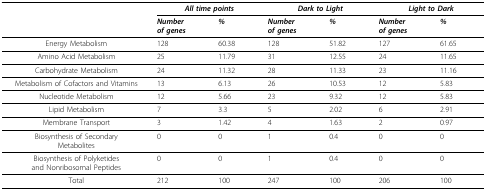
|  | <COLSPAN=2> All time points | <COLSPAN=2> Dark to Light | <COLSPAN=2> Light to Dark |
 |  | Numberof genes | % | Numberof genes | % | Numberof genes | % |
 | --- | --- | --- | --- | --- | --- | --- |
 | Energy Metabolism | 128 | 60.38 | 128 | 51.82 | 127 | 61.65 |
 | Amino Acid Metabolism | 25 | 11.79 | 31 | 12.55 | 24 | 11.65 |
 | Carbohydrate Metabolism | 24 | 11.32 | 28 | 11.33 | 23 | 11.16 |
 | Metabolism of Cofactors and Vitamins | 13 | 6.13 | 26 | 10.53 | 12 | 5.83 |
 | Nucleotide Metabolism | 12 | 5.66 | 23 | 9.32 | 12 | 5.83 |
 | Lipid Metabolism | 7 | 3.3 | 5 | 2.02 | 6 | 2.91 |
 | Membrane Transport | 3 | 1.42 | 4 | 1.63 | 2 | 0.97 |
 | Biosynthesis of SecondaryMetabolites | 0 | 0 | 1 | 0.4 | 0 | 0 |
 | Biosynthesis of Polyketidesand Nonribosomal Peptides | 0 | 0 | 1 | 0.4 | 0 | 0 |
 | Total | 212 | 100 | 247 | 100 | 206 | 100 |